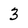
Character: 3